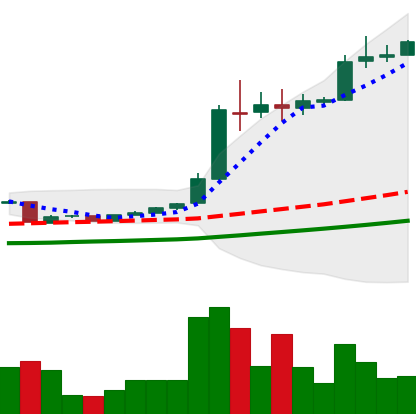
Ticker: BTC-USD
Chart end date: 2016-06-06
Forward return: 3.619%
Label: up_3_5